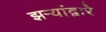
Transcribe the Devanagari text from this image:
झऱ्यांद्वारे